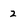
Character: 2